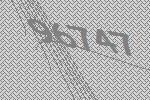
96747